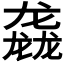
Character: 𮹝